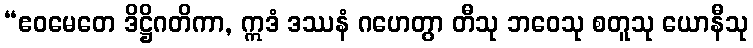
“ဧဝမေတေ ဒိဋ္ဌိဂတိကာ, ဣဒံ ဒဿနံ ဂဟေတွာ တီသု ဘဝေသု စတူသု ယောနီသု